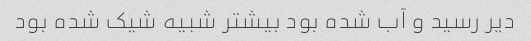
دیر رسید و آب شده بود بیشتر شبیه شیک شده بود